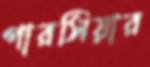
পারসিয়ার